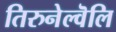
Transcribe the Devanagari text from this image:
तिरुनेल्वॆलि